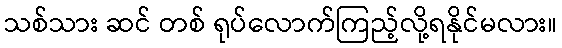
သစ်သား ဆင် တစ် ရုပ်လောက်ကြည့်လို့ရနိုင်မလား။